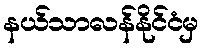
နယ်သာလန်နိုင်ငံမှ